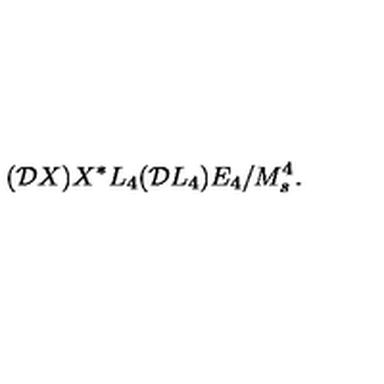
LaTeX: ( { \cal D } X ) X ^ { * } L _ { 4 } ( { \cal D } L _ { 4 } ) E _ { 4 } / M _ { s } ^ { 4 } .